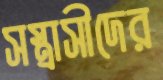
সস্ত্রাসীদের